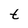
Character: t